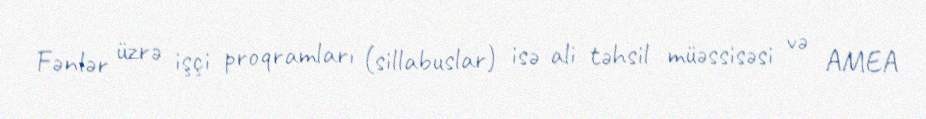
Fənlər üzrə işçi proqramları (sillabuslar) isə ali təhsil müəssisəsi və AMEA